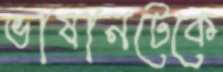
ভাষানটেকে